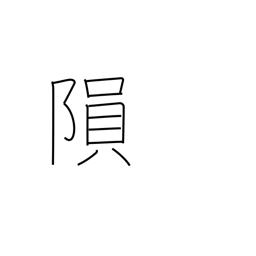
Meaning: fall